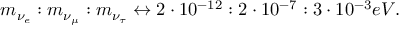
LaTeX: m _ { \nu _ { e } } : m _ { \nu _ { \mu } } : m _ { \nu _ { \tau } } \leftrightarrow 2 \cdot 1 0 ^ { - 1 2 } : 2 \cdot 1 0 ^ { - 7 } : 3 \cdot 1 0 ^ { - 3 } e V .